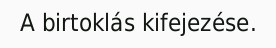
A birtoklás kifejezése.